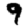
Digit: 9